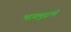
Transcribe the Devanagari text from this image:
भावमुद्रांचे